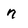
Character: n